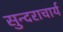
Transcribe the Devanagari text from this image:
सुन्दराचार्य